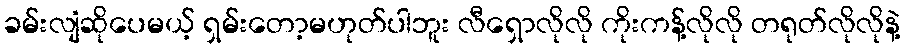
ခမ်းလျံဆိုပေမယ့် ရှမ်းတော့မဟုတ်ပါဘူး လီရှောလိုလို ကိုးကန့်လိုလို တရုတ်လိုလိုနဲ့